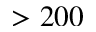
> 2 0 0